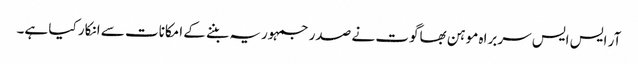
آر ایس ایس سربراہ موہن بھاگوت نے صدر جمہوریہ بننے کے امکانات سے انکار کیا ہے۔